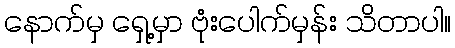
နောက်မှ ရှေ့မှာ ဗုံးပေါက်မှန်း သိတာပါ။